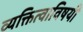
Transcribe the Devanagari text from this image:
व्यक्तित्वाविषयी